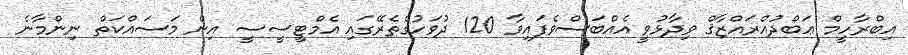
އިބްރާހީމް ޢަބްދުއްރައްޒާޤް ވިދާޅުވީ އެއްބަސްވެފައިވާ 120 ދުވަހުގެތެރޭގައި އެމްޓީސީސީ އިން މަސައްކަތް ނިންމާނެ